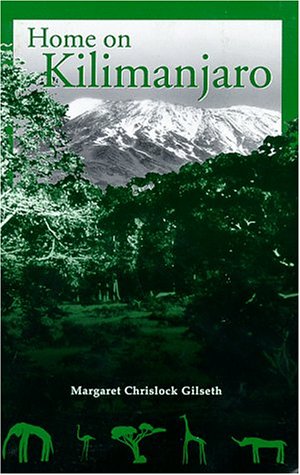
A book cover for Home on Kilimanjaro; Margaret Chrislock Gilseth; Teen & Young Adult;